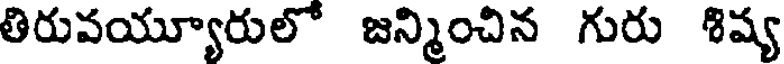
తిరువయ్యూరులో జన్మించిన గురు శిష్య